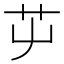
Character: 𦬏